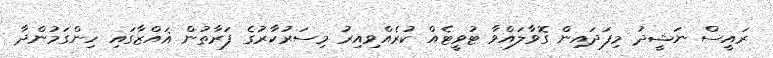
ރައީސް ނަޝީދު މިފަދައިން ގޮވާލައްވާ ޓުވީޓެއް ކުރެއްވިއިރު މިސަރުކާރުގެ ފަރާތުން ޣައްޒާގައި ހިންގަމުންދާ